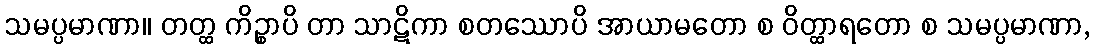
သမပ္ပမာဏာ။ တတ္ထ ကိဉ္စာပိ တာ သာဋိကာ စတဿောပိ အာယာမတော စ ဝိတ္ထာရတော စ သမပ္ပမာဏာ,